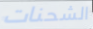
الشحنات